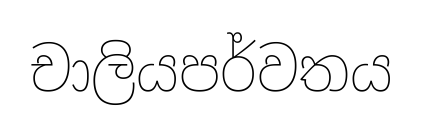
චාලියපර්වතය